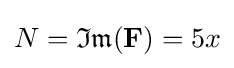
N={\mathfrak {Im}}(\mathbf {F} )=5x